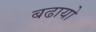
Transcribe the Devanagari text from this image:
बढायो